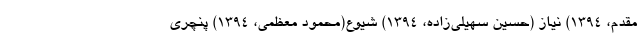
مقدم، ١٣٩۴) نیاز (حسین سهیلی‌زاده، ١٣٩۴) شیوع(محمود معظمی، ۱۳۹۴) پنچری